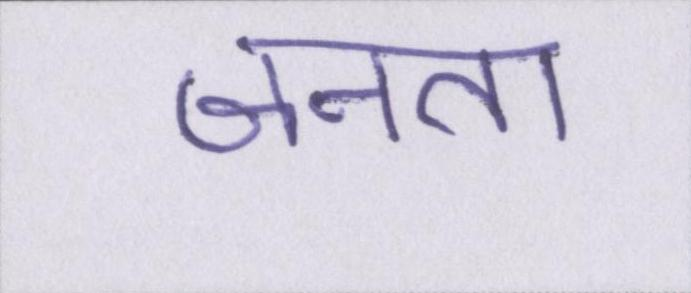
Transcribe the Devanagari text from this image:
जनता